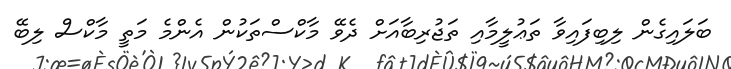
ބަލައިގެން ލިބިފައިވާ ތަޢުލީމާއި ތަޖުރިބާއަށް ދެވޭ މާކްސްތަކުން އެންމެ މަތީ މާކްސް ލިބޭ